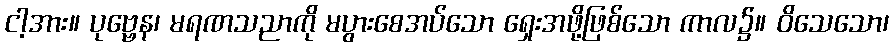
ငါ့အား။ ပုဗ္ဗေန၊ မရဏသညာကို မပွားစေအပ်သော ရှေးအဖို့ဖြစ်သော ကာလ၌။ ဝိသေသော၊